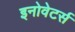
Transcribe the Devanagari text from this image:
इनोवेटर्स